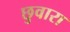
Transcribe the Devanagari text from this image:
छुवारा